Document type: Acquittal of debt
Year: 1424
Scribe: Francesc de Casanoves
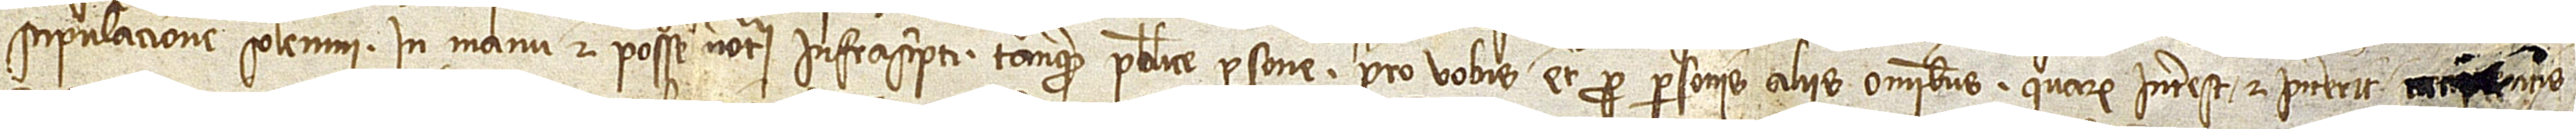
stipulacione solemni, in manu et posse notarii infrascripti tanquam publice persone, pro vobis et pro personis aliis omnibus quarum interest et intererit [recipie]ntis